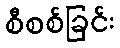
စီစစ်ခြင်း